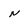
Character: n